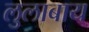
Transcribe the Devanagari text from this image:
लुलाबाय